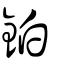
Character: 鉑